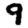
Digit: 9